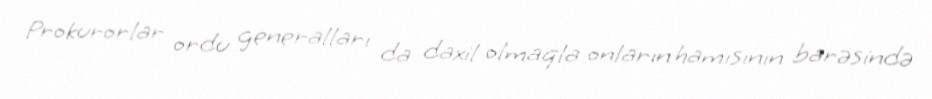
Prokurorlar ordu generalları da daxil olmaqla onların hamısının barəsində